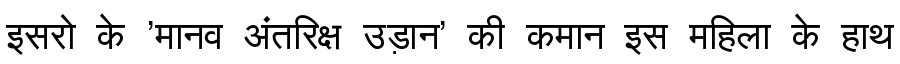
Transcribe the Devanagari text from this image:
इसरो के 'मानव अंतरिक्ष उड़ान' की कमान इस महिला के हाथ